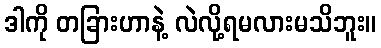
ဒါကို တခြားဟာနဲ့ လဲလို့ရမလားမသိဘူး။